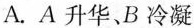
A.A升华、B冷凝